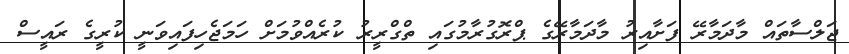
ޖަލްސާތައް މާދަމާރޭ ފަށާއިރު މާދަމާރޭގެ ޕްރޮގުރާމުގައި ތްގްރީރު ކުރެއްވުމަށް ހަމަޖެހިފައިވަނީ ކުރީގެ ރައީސް